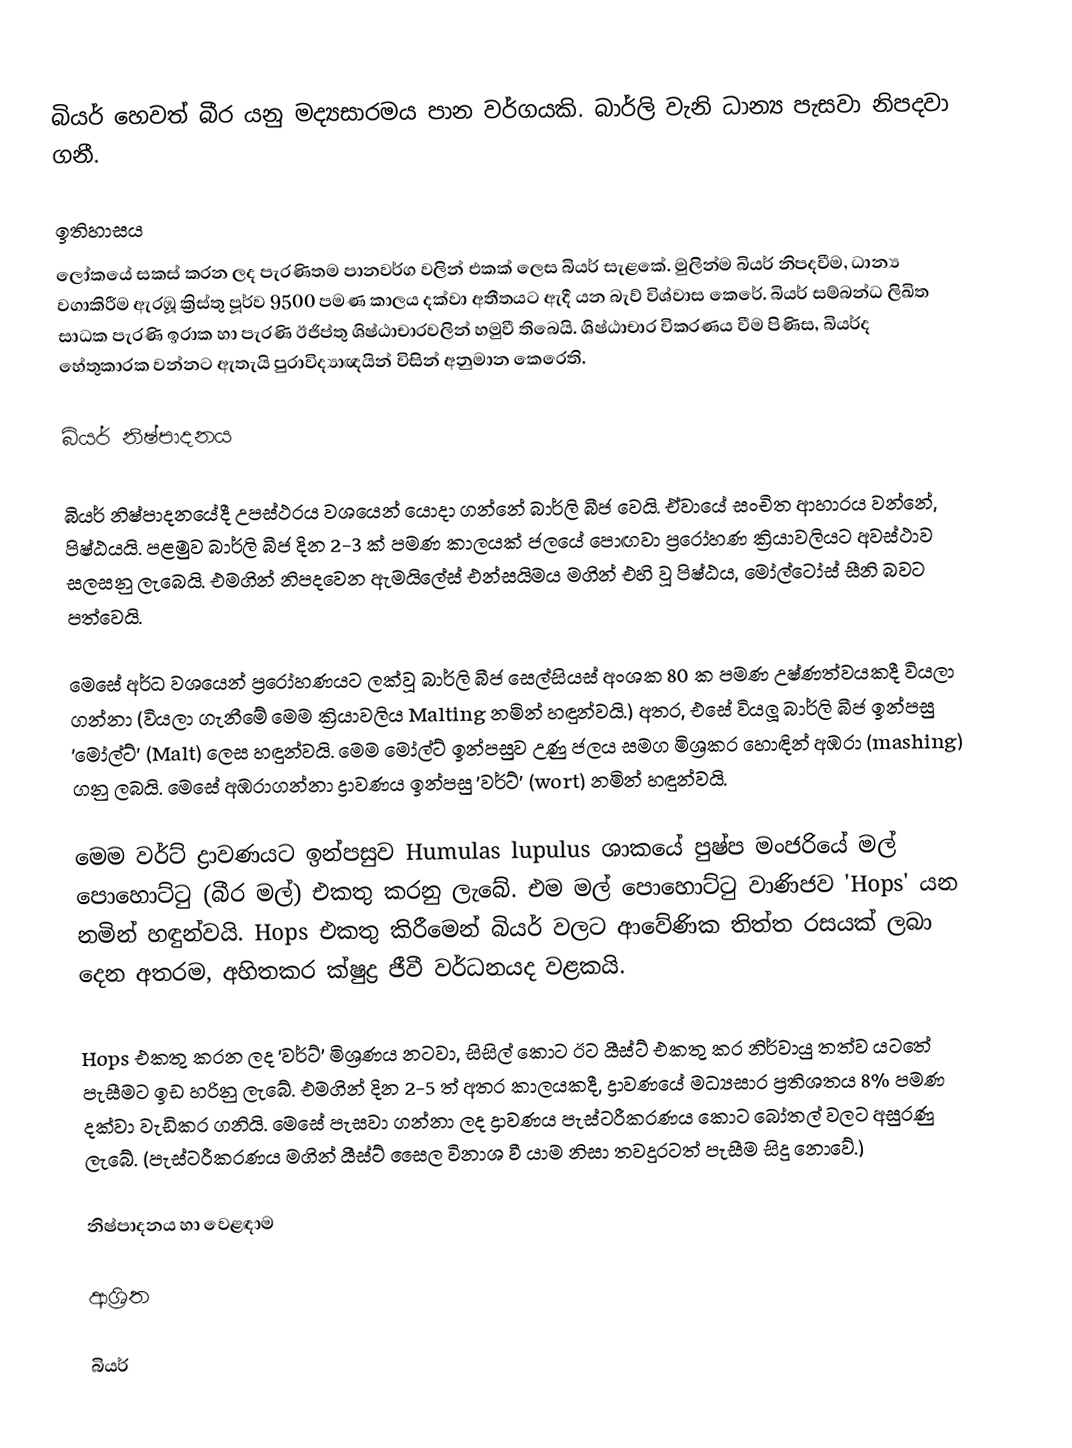
බියර් හෙවත් බීර යනු මද්‍යසාරමය පාන වර්ගයකි. බාර්ලි වැනි ධාන්‍ය පැසවා නිපදවා ගනී.

ඉතිහාසය
ලෝකයේ සකස් කරන ලද පැරණිතම පානවර්ග වලින් එකක් ලෙස බියර් සැළකේ. මුලින්ම බියර් නිපදවීම, ධාන්‍ය වගාකිරීම ඇරඹූ ක්‍රිස්තු පූර්ව 9500 පමණ කාලය දක්වා අතීතයට ඇදී යන බැව් විශ්වාස කෙරේ. බියර් සම්බන්ධ ලිඛිත සාධක පැරණි ඉරාක හා පැරණි ඊජිප්තු ශිෂ්ඨාචාරවලින් හමුවී තිබෙයි. ශිෂ්ඨාචාර විකරණය වීම පිණිස, බියර්ද හේතුකාරක වන්නට ඇතැයි පුරාවිද්‍යාඥයින් විසින් අනුමාන කෙරෙති.

බියර් නිෂ්පාදනය

බියර් නිෂ්පාදනයේදී උපස්ථරය වශයෙන් යොදා ගන්නේ බාර්ලි බීජ වෙයි. ඒවායේ සංචිත ආහාරය වන්නේ, පිෂ්ඨයයි. පළමුව බාර්ලි බීජ දින 2-3 ක් පමණ කාලයක් ජලයේ පොඟවා ප්‍රරෝහණ ක්‍රියාවලියට අවස්ථාව සලසනු ලැබෙයි. එමගින් නිපදවෙන ඇමයිලේස් එන්සයිමය මගින් එහි වූ පිෂ්ඨය, මෝල්ටෝස් සීනි බවට පත්වෙයි.

මෙසේ අර්ධ වශයෙන් ප්‍රරෝහණයට ලක්වූ බාර්ලි බීජ සෙල්සියස් අංශක 80 ක පමණ උෂ්ණත්වයකදී වියලා ගන්නා (වියලා ගැනීමේ මෙම ක්‍රියාවලිය Malting නමින් හඳුන්වයි.) අතර, එසේ වියලූ බාර්ලි බීජ ඉන්පසු 'මෝල්ට්' (Malt) ලෙස හඳුන්වයි. මෙම මෝල්ට් ඉන්පසුව උණු ජලය සමග මිශ්‍රකර හොඳින් අඹරා (mashing) ගනු ලබයි. මෙසේ අඹරාගන්නා ද්‍රාවණය ඉන්පසු 'වර්ට්' (wort) නමින් හඳුන්වයි.

මෙම වර්ට් ද්‍රාවණයට ඉන්පසුව Humulas lupulus ශාකයේ පුෂ්ප මංජරියේ මල් පොහොට්ටු (බීර මල්) එකතු කරනු ලැබේ. එම මල් පොහොට්ටු වාණිජව 'Hops' යන නමින් හඳුන්වයි. Hops එකතු කිරීමෙන් බියර් වලට ආවේණික තිත්ත රසයක් ලබා දෙන අතරම, අහිතකර ක්ෂුද්‍ර ජීවී වර්ධනයද වළකයි.

Hops එකතු කරන ලද 'වර්ට්' මිශ්‍රණය නටවා, සිසිල් කොට ඊට යීස්ට් එකතු කර නිර්වායු තත්ව යටතේ පැසීමට ඉඩ හරිනු ලැබේ. එමගින් දින 2-5 ත් අතර කාලයකදී, ද්‍රාවණයේ මධ්‍යසාර ප්‍රතිශතය 8% පමණ දක්වා වැඩිකර ගනියි. මෙසේ පැසවා ගන්නා ලද ද්‍රාවණය පැස්ටරීකරණය කොට බෝතල් වලට අසුරණු ලැබේ. (පැස්ටරීකරණය මගින් යීස්ට් සෛල විනාශ වී යාම නිසා තවදුරටත් පැසීම සිදු නොවේ.)

නිෂ්පාදනය හා වෙළඳාම

ආශ්‍රිත

බියර්